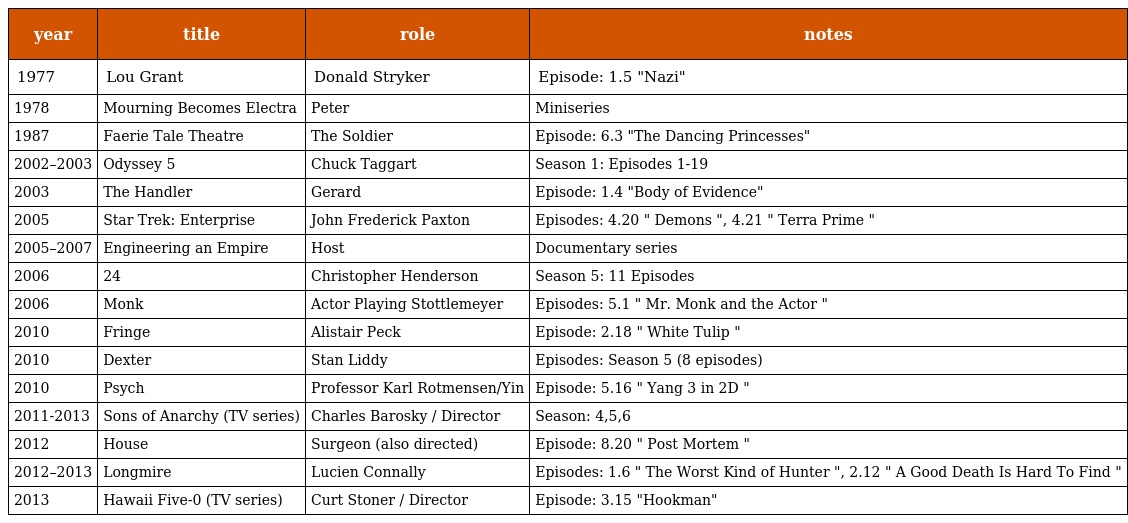
| year | title | role | notes |
 | --- | --- | --- | --- |
 | 1977 | Lou Grant | Donald Stryker | Episode: 1.5 "Nazi" |
 | 1978 | Mourning Becomes Electra | Peter | Miniseries |
 | 1987 | Faerie Tale Theatre | The Soldier | Episode: 6.3 "The Dancing Princesses" |
 | 2002–2003 | Odyssey 5 | Chuck Taggart | Season 1: Episodes 1-19 |
 | 2003 | The Handler | Gerard | Episode: 1.4 "Body of Evidence" |
 | 2005 | Star Trek: Enterprise | John Frederick Paxton | Episodes: 4.20 " Demons ", 4.21 " Terra Prime " |
 | 2005–2007 | Engineering an Empire | Host | Documentary series |
 | 2006 | 24 | Christopher Henderson | Season 5: 11 Episodes |
 | 2006 | Monk | Actor Playing Stottlemeyer | Episodes: 5.1 " Mr. Monk and the Actor " |
 | 2010 | Fringe | Alistair Peck | Episode: 2.18 " White Tulip " |
 | 2010 | Dexter | Stan Liddy | Episodes: Season 5 (8 episodes) |
 | 2010 | Psych | Professor Karl Rotmensen/Yin | Episode: 5.16 " Yang 3 in 2D " |
 | 2011-2013 | Sons of Anarchy (TV series) | Charles Barosky / Director | Season: 4,5,6 |
 | 2012 | House | Surgeon (also directed) | Episode: 8.20 " Post Mortem " |
 | 2012–2013 | Longmire | Lucien Connally | Episodes: 1.6 " The Worst Kind of Hunter ", 2.12 " A Good Death Is Hard To Find " |
 | 2013 | Hawaii Five-0 (TV series) | Curt Stoner / Director | Episode: 3.15 "Hookman" |